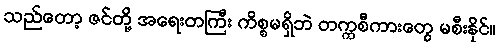
သည်တော့ ဇင်တို့ အရေးတကြီး ကိစ္စမရှိဘဲ တက္ကစီကားတွေ မစီးနိုင်။